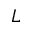
_ { L }